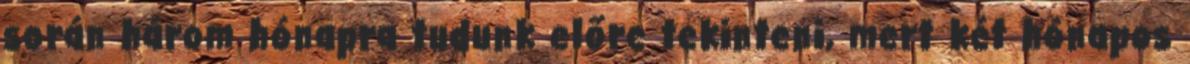
során három hónapra tudunk előre tekinteni, mert két hónapos